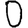
Digit: 0